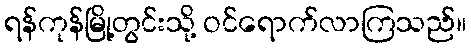
ရန်ကုန်မြို့တွင်းသို့ ဝင်ရောက်လာကြသည်။